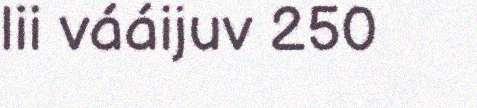
lii vááijuv 250